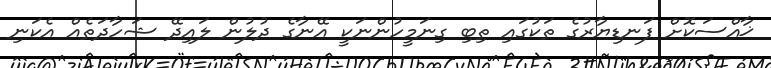
ޚާއްސަކޮށް ފަނޑިޔާރުގެ ތަކުގައި ތިބި ގިނަމީހުންނަކީ އޭނާގެ ދުލުން ލައިދޭ ޝަހާދަތެއް އެކަނި